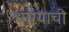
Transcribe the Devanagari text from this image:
धाग्याची